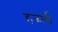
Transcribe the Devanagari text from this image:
हजार्ड